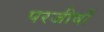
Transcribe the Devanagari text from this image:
परजीवों